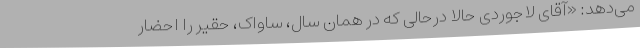
می‌دهد: «آقای لاجوردی حالا درحالی که در همان سال، ساواک، حقیر را احضار